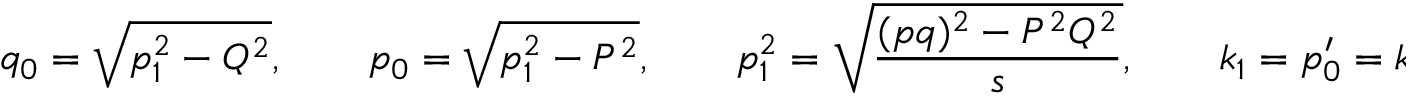
q _ { 0 } = \sqrt { p _ { 1 } ^ { 2 } - Q ^ { 2 } } , \qquad p _ { 0 } = \sqrt { p _ { 1 } ^ { 2 } - P ^ { 2 } } , \qquad p _ { 1 } ^ { 2 } = \sqrt { \frac { ( p q ) ^ { 2 } - P ^ { 2 } Q ^ { 2 } } { s } } , \qquad k _ { 1 } = p _ { 0 } ^ { \prime } = k _ { 0 } = { \frac { \sqrt { s } } { 2 } } \, .